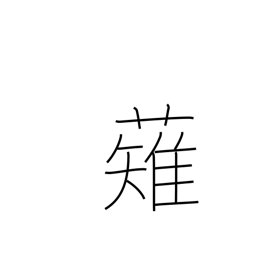
Meaning: mow down (the enemy)